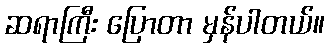
ဆရာကြီး ပြောတာ မှန်ပါတယ်။